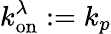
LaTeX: k_{\mathrm{on}}^{\lambda}:=k_{p}